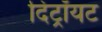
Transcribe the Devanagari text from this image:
दिट्रॉयट